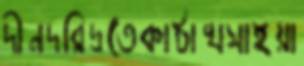
দীনদরিদ্রতেকাঠাখসাইয়া